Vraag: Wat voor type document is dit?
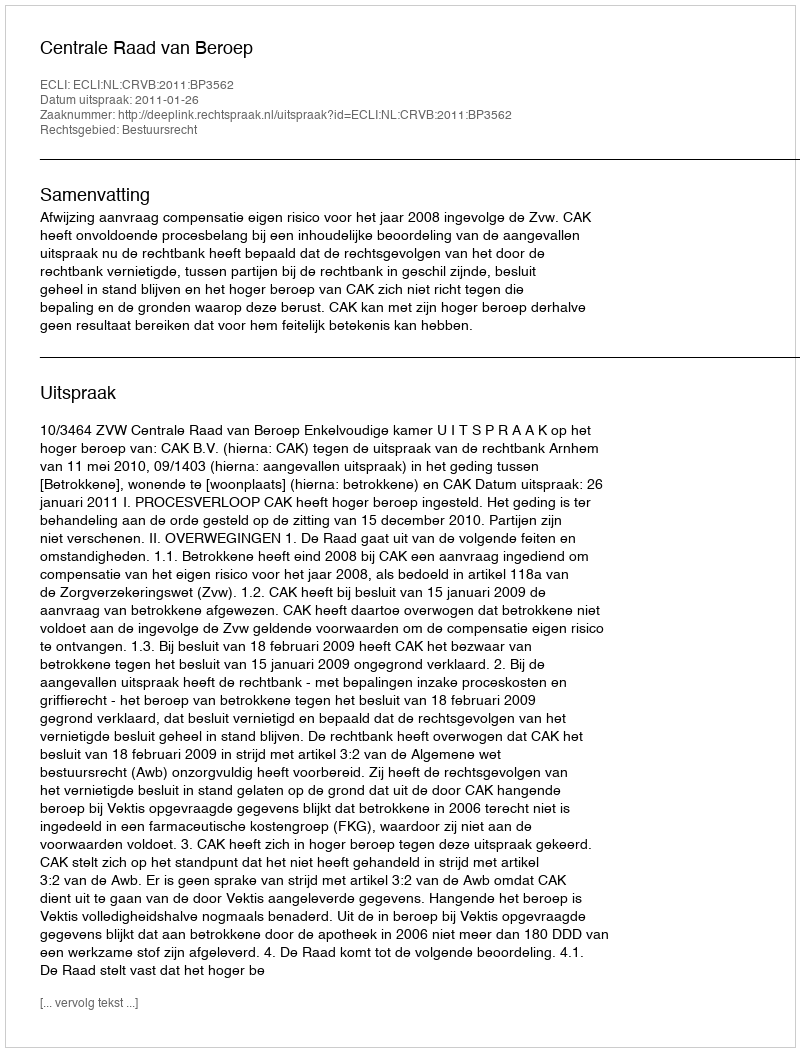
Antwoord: Uitspraak